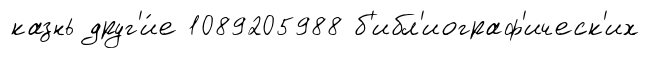
казнь друг'и́е 1089205988 б'ибл'иограф'ическ'их